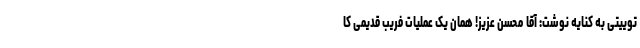
توییتی به کنایه نوشت: آقا محسن عزیز! همان یک عملیات فریب قدیمی کا